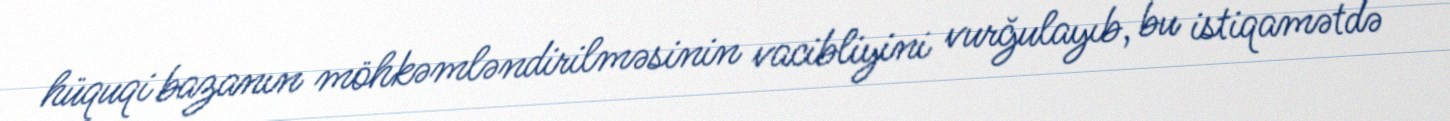
hüquqi bazanın möhkəmləndirilməsinin vacibliyini vurğulayıb, bu istiqamətdə